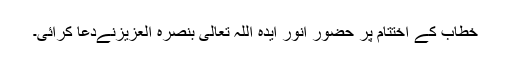
خطاب کے اختتام پر حضور انور ایدہ اللہ تعالیٰ بنصرہ العزیزنےدعا کرائی۔